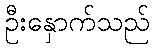
ဦးနှောက်သည်